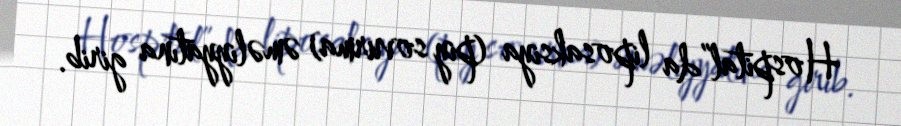
Hospital”da liposaksiya (piy sovurma) əməliyyatına girib.